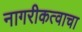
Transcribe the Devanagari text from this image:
नागरीकत्वाचा